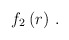
\begin{align*}\,f_{2}\left( r\right) \,. \end{align*}